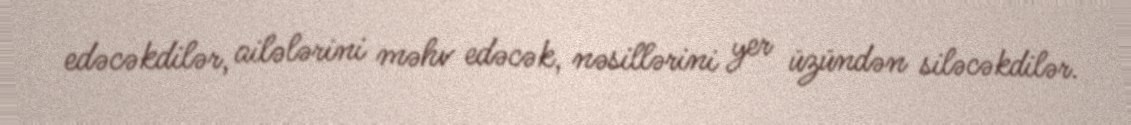
edəcəkdilər, ailələrini məhv edəcək, nəsillərini yer üzündən siləcəkdilər.